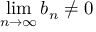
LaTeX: \operatorname* { l i m } _ { n \to \infty } b _ { n } \neq 0